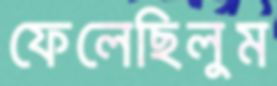
ফেলেছিলুম